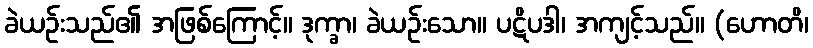
ခဲယဉ်းသည်၏ အဖြစ်ကြောင့်။ ဒုက္ခာ၊ ခဲယဉ်းသော။ ပဋိပဒါ၊ အကျင့်သည်။ (ဟောတိ၊